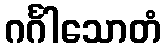
ဂင်္ဂါသောတံ